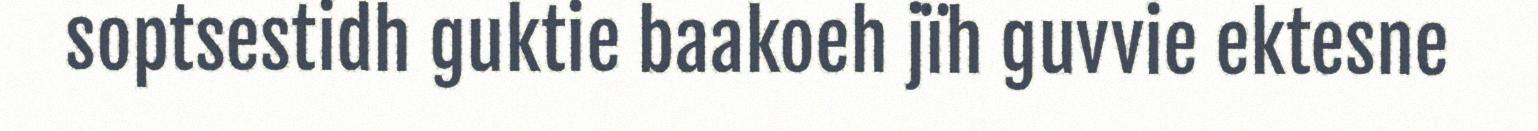
soptsestidh guktie baakoeh jïh guvvie ektesne